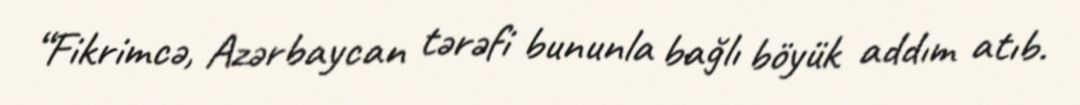
“Fikrimcə, Azərbaycan tərəfi bununla bağlı böyük addım atıb.